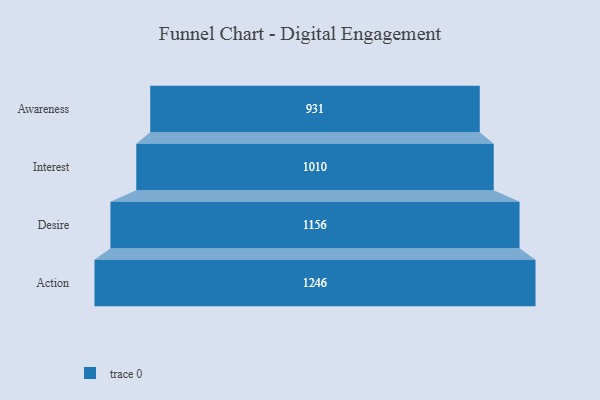
{"axis": {"x": "Stage", "y": "Value"}, "legend": [""], "data": [{"x": "Awareness", "y": 931.0, "type": ""}, {"x": "Interest", "y": 1010.0, "type": ""}, {"x": "Desire", "y": 1156.0, "type": ""}, {"x": "Action", "y": 1246.0, "type": ""}]}